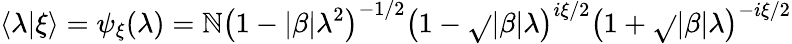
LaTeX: \langle\lambda\vert\xi\rangle=\psi_{\xi}(\lambda)=\mathbb{N}\left(1-\vert\beta\vert\lambda^{2}\right)^{-1/2}\left(1-\sqrt{}{{\vert\beta\vert}}\lambda\right)^{i\xi/2}\left(1+\sqrt{}{{\vert\beta\vert}}\lambda\right)^{-i\xi/2}